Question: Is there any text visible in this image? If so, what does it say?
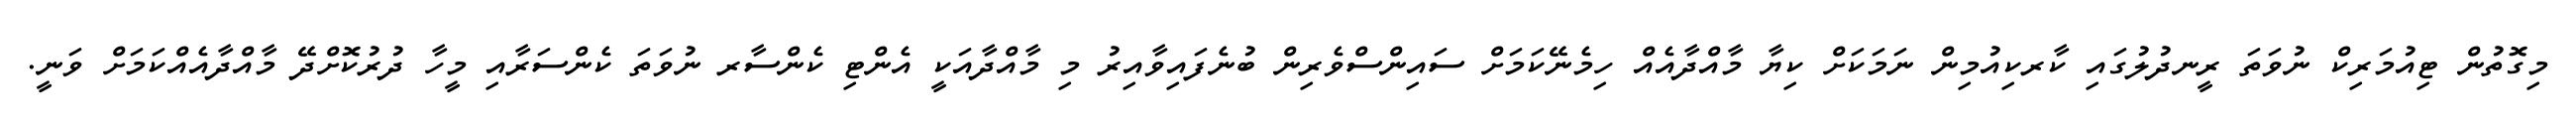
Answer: މިގޮތުން ޓިއުމަރިކް ނުވަތަ ރީނދުލުގައި ކާރކިއުމިން ނަމަކަށް ކިޔާ މާއްދާއެއް ހިމެނޭކަމަށް ސައިންސްވެރިން ބުނެފައިވާއިރު މި މާއްދާއަކީ އެންޓި ކެންސާރ ނުވަތަ ކެންސަރާއި މީހާ ދުރުކޮށްދޭ މާއްދާއެއްކަމަށް ވަނީ.